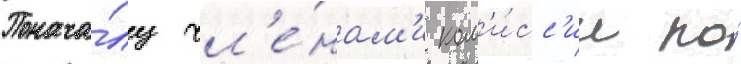
Понача́лу чл'е́нам'и ком'и́сс'ии по́